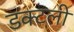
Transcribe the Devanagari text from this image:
डक्टली